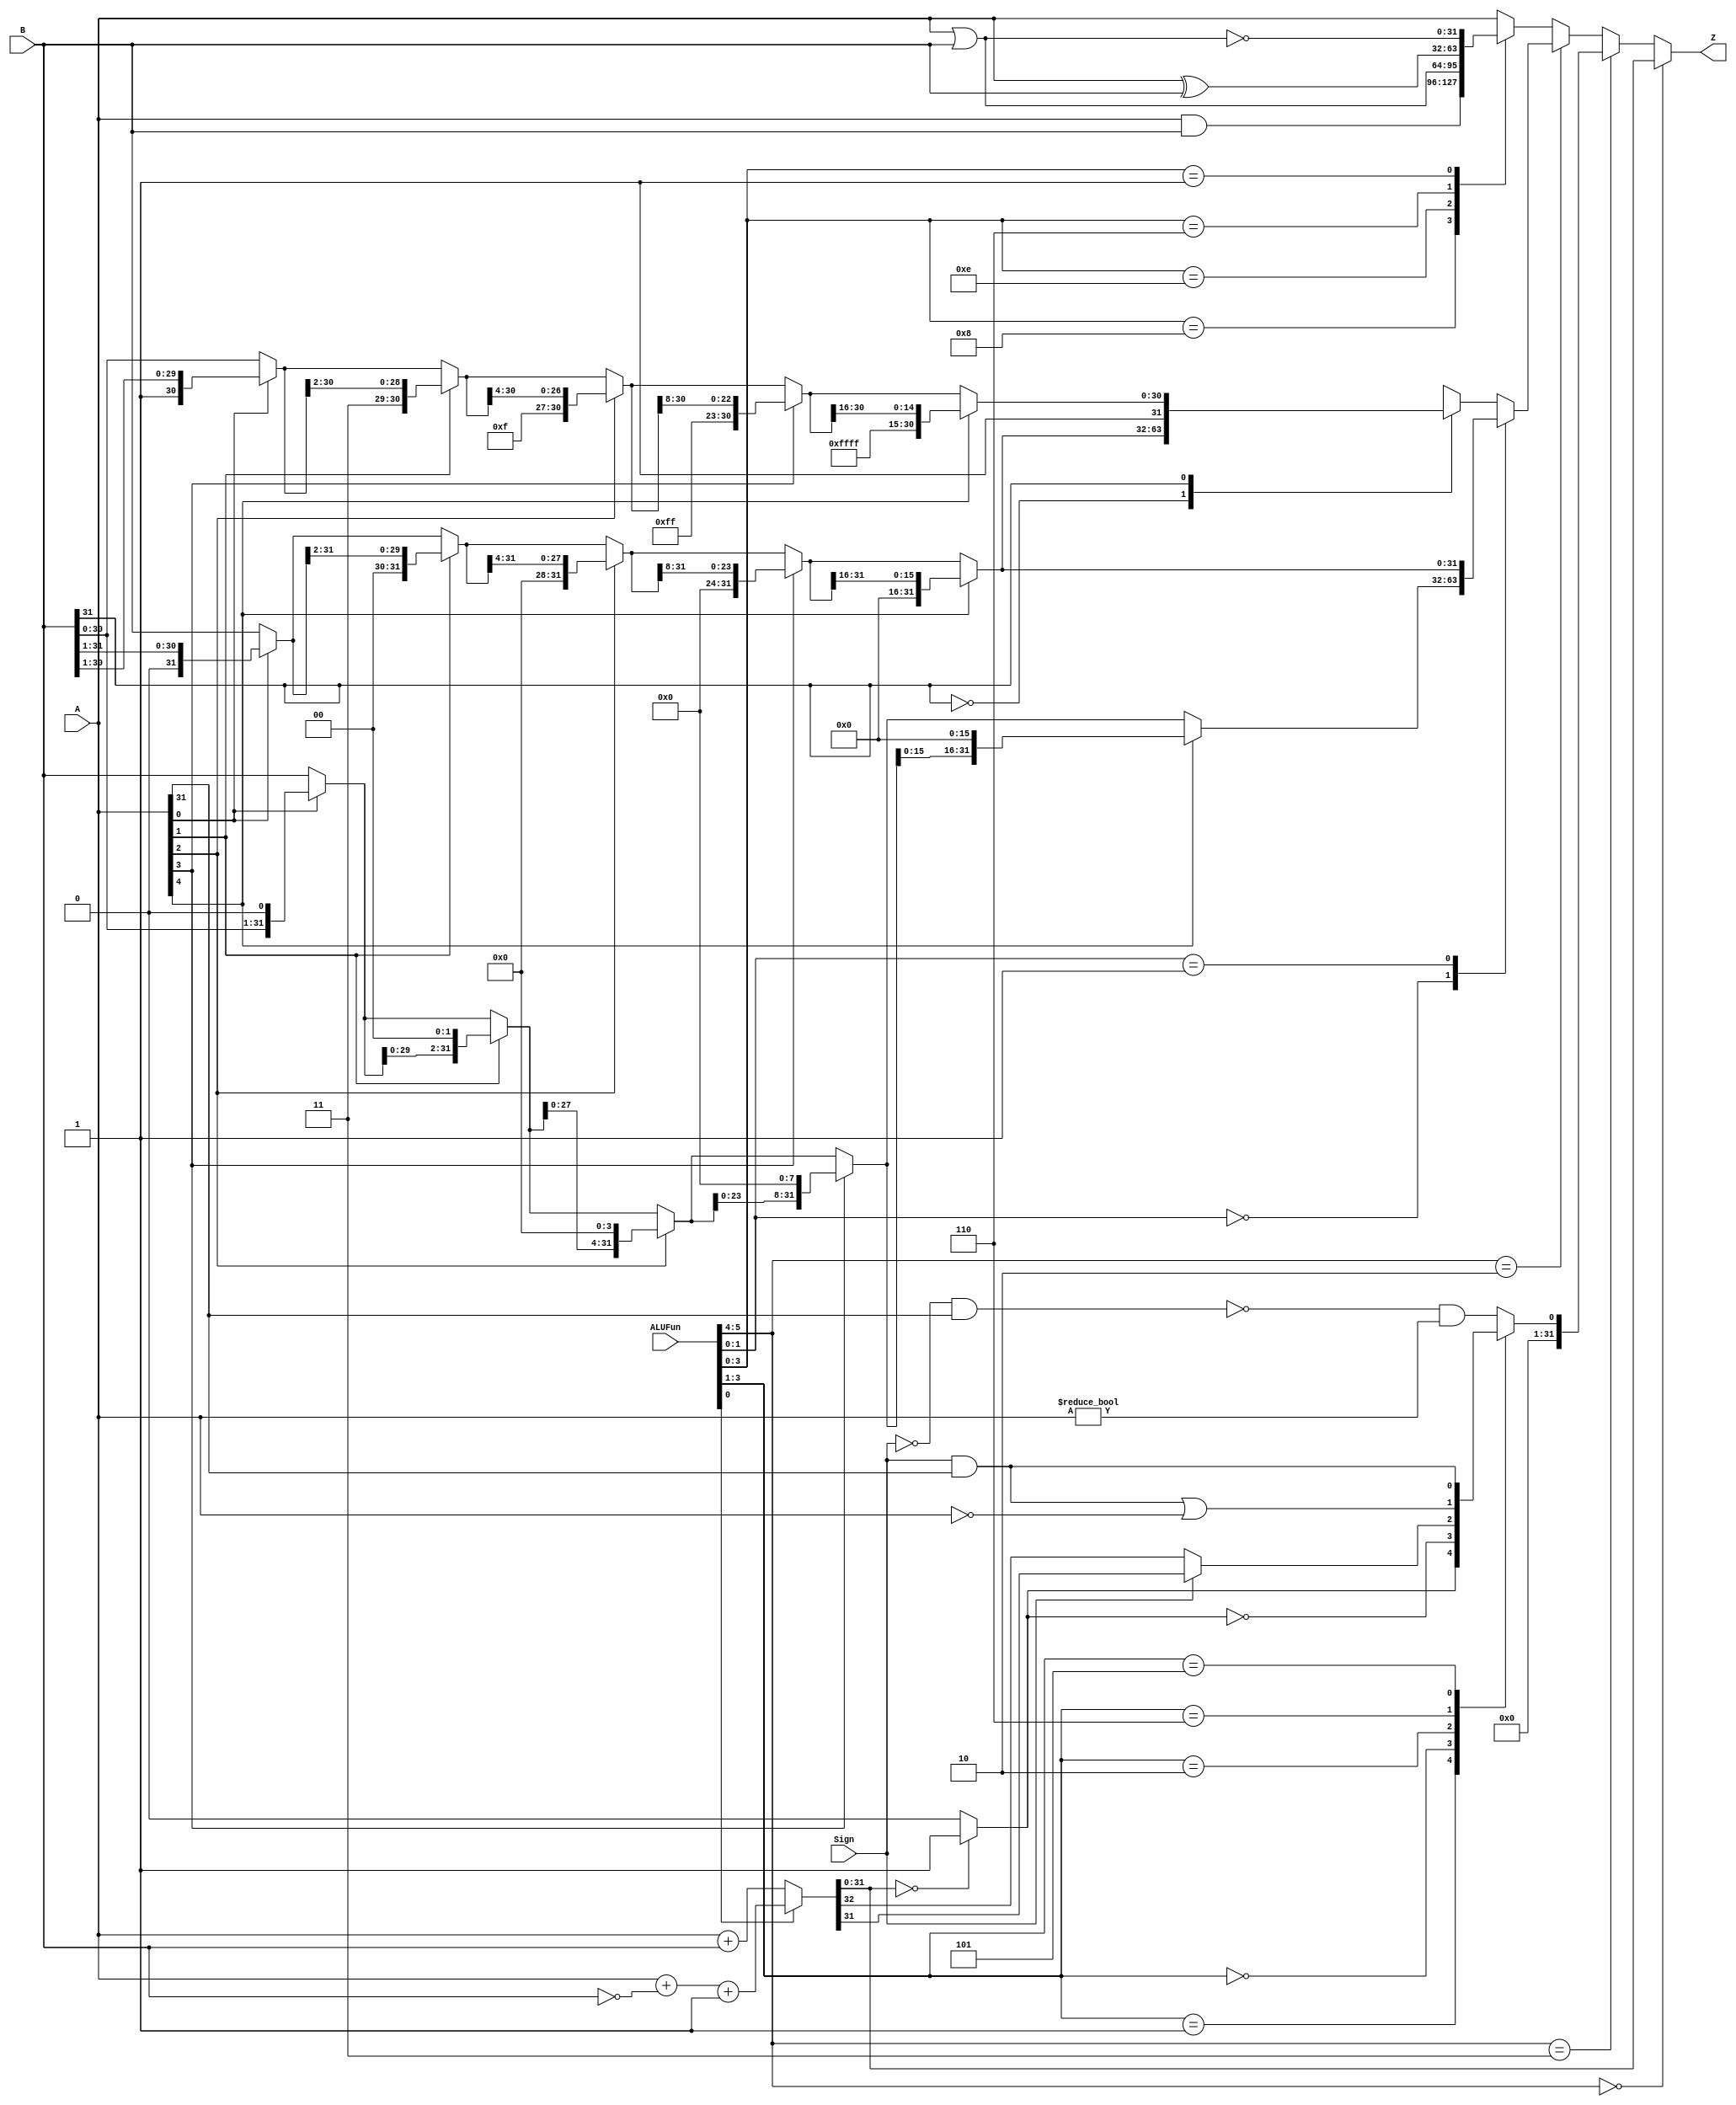
module ALU(A,B,ALUFun,Sign,Z);
  input [31:0]A;
  input [31:0]B;
  input [5:0]ALUFun;
  input Sign;
  output wire [31:0]Z;
  
  wire [31:0]Calculate;
  reg [31:0]CMP;
  reg [31:0]Logic;
  reg [31:0]Shift;
  
  wire [32:0]temp_V;
  
  wire zero;
  wire N;
  
  wire [31:0]Shift_left_1;
  wire [31:0]Shift_left_2;
  wire [31:0]Shift_left_4;
  wire [31:0]Shift_left_8;
  wire [31:0]Shift_left_16;
  
  wire [31:0]Shift_right_1;
  wire [31:0]Shift_right_2;
  wire [31:0]Shift_right_4;
  wire [31:0]Shift_right_8;
  wire [31:0]Shift_right_16;
  
  wire [31:0]Shift_right_sign_1;
  wire [31:0]Shift_right_sign_2;
  wire [31:0]Shift_right_sign_4;
  wire [31:0]Shift_right_sign_8;
  wire [31:0]Shift_right_sign_16;
  
  
  always@(*)
  begin
    /*
    case(ALUFun[5:4])
      2'b00:Z=Calculate;
      2'b11:Z=CMP;
      2'b10:Z=Shift;
      default:Z=Logic;
    endcase
	 
    case(ALUFun[0])
      1'b0:
      begin
        temp_V=A+B;
        //Calculate=temp_V[31:0];
        zero=(Calculate==32'b0)?1'b1:1'b0;
        //V=temp_V[32];
        N=Sign?temp_V[31]:temp_V[32];
      end
      default:
      begin
        temp_V=A+(~B)+1;
        zero=(Calculate==32'b0)?1'b1:1'b0;
        V=temp_V[32];
        N=Sign?temp_V[31]:temp_V[32];
      end
    endcase*/
    
    case(ALUFun[3:1])
      3'b001:CMP={31'b0,zero};
      3'b000:CMP={31'b0,~zero};
      3'b010:CMP={31'b0,N};
      3'b110:CMP={31'b0,(Sign&A[31])|(A[31:0]==32'b0)};
      3'b101:CMP={31'b0,Sign&A[31]};
      default:CMP={31'b0,(~(~Sign&A[31])&A!=32'b0)};
    endcase
    
    case(ALUFun[3:0])
      4'b1000:Logic=A&B;
      4'b1110:Logic=A|B;
      4'b0110:Logic=A^B;
      4'b0001:Logic=~(A|B);
      default:Logic=A;
    endcase
    
    case(ALUFun[1:0])
      2'b00:Shift=Shift_left_16;
      2'b01:Shift=Shift_right_16;
      default:
      begin
        case(B[31])
          1'b0:Shift=Shift_right_16;
          1'b1:Shift=Shift_right_sign_16;
        endcase
      end
    endcase
    
  end
  
  assign zero=(Calculate==32'b0)?1'b1:1'b0;
  assign temp_V=(ALUFun[0]==1'b0)?(A+B):(A+(~B)+1);
  assign N=Sign?temp_V[31]:temp_V[32];
  assign Calculate[31:0] =temp_V[31:0]; 
  assign Z=(ALUFun[5:4]==2'b00)?Calculate:(ALUFun[5:4]==2'b11)?CMP:(ALUFun[5:4]==2'b10)?Shift:Logic;
  //assign CMP[31:0] = (ALUFun[3:1]==3'b001)?{31'b0,zero}:(ALUFun[3:1]==3'b000)?{31'b0,~zero}:(ALUFun[3:1]==3'b010)?{31'b0,N}:(ALUFun[3:1]==3'b110)?{31'b0,(Sign&A[31])|(A[31:0]==32'b0)}:(ALUFun[3:1]==3'b101)?{31'b0,Sign&A[31]}:{31'b0,(~(~Sign&A[31])&A!=32'b0)};
  //assign Logic[31:0]=(ALUFun[3:0]==4'b1000)?(A&B):(ALUFun[3:0]==4'b1110)?(A|B):(ALUFun[3:0]==4'b0110)?(A^B):(ALUFun[3:0]==4'b0001)?(~(A|B)):A;
  //assign Shift[31:0]=(ALUFun[1:0]==2'b00)?Shift_left_16:(ALUFun[1:0]==2'b01||B[31]==1'b0)?Shift_right_16:Shift_right_sign_16;
  
  assign Shift_left_1=A[0]?{B[30:0],1'b0}:B;
  assign Shift_left_2=A[1]?{Shift_left_1[29:0],2'b0}:Shift_left_1;
  assign Shift_left_4=A[2]?{Shift_left_2[27:0],4'b0}:Shift_left_2;
  assign Shift_left_8=A[3]?{Shift_left_4[23:0],8'b0}:Shift_left_4;
  assign Shift_left_16=A[4]?{Shift_left_8[18:0],16'b0}:Shift_left_8;
  
  assign Shift_right_1=A[0]?{1'b0,B[31:1]}:B;
  assign Shift_right_2=A[1]?{2'b0,Shift_right_1[31:2]}:Shift_right_1;
  assign Shift_right_4=A[2]?{4'b0,Shift_right_2[31:4]}:Shift_right_2;
  assign Shift_right_8=A[3]?{8'b0,Shift_right_4[31:8]}:Shift_right_4;
  assign Shift_right_16=A[4]?{16'b0,Shift_right_8[31:16]}:Shift_right_8;
  
  assign Shift_right_sign_1=A[0]?{1'b1,B[31:1]}:B;
  assign Shift_right_sign_2=A[1]?{2'b11,Shift_right_sign_1[31:2]}:Shift_right_sign_1;
  assign Shift_right_sign_4=A[2]?{4'b1111,Shift_right_sign_2[31:4]}:Shift_right_sign_2;
  assign Shift_right_sign_8=A[3]?{8'b11111111,Shift_right_sign_4[31:8]}:Shift_right_sign_4;
  assign Shift_right_sign_16=A[4]?{16'b1111111111111111,Shift_right_sign_8[31:16]}:Shift_right_sign_8;
  
endmodule